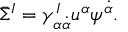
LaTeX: \bar { \Sigma } ^ { I } = \gamma _ { \alpha \dot { \alpha } } ^ { I } u ^ { \alpha } \psi ^ { \dot { \alpha } } .